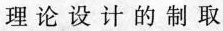
理论设计的制取